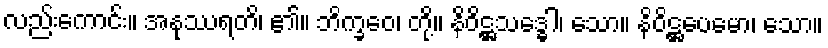
လည်းကောင်း။ အနုဿရတိ၊ ၏။ ဘိက္ခဝေ၊ တို့။ နိဝိဋ္ဌသဒ္ဓေါ၊ သော။ နိဝိဋ္ဌပေမော၊ သော။